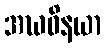
အဃဝိနယာ